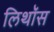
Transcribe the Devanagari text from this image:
लिथॉस